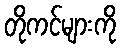
တိုကင်များကို